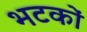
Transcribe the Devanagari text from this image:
भटकों